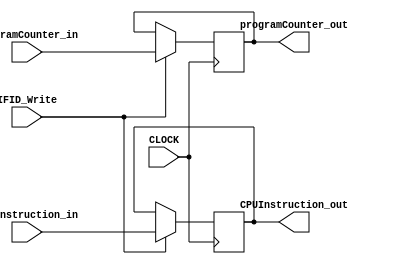
// This program was cloned from: https://github.com/ronitrex/ARMLEG
// License: GNU General Public License v3.0

`timescale 1ns / 1ps

module IFID
(
	input CLOCK,
	input IFID_Write,
	input [63:0] programCounter_in,
	input [31:0] CPUInstruction_in,
	output reg [63:0] programCounter_out,
	output reg [31:0] CPUInstruction_out
);

	always @(posedge CLOCK) begin
		if(IFID_Write) begin
			programCounter_out <= programCounter_in;
			CPUInstruction_out <= CPUInstruction_in;
		end
	end
endmodule